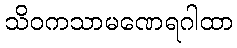
သိဝကသာမဏေရဂါထာ